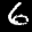
Label: 6